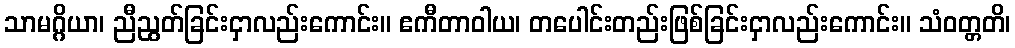
သာမဂ္ဂိယာ၊ ညီညွတ်ခြင်းငှာလည်းကောင်း။ ဧကီတာဝါယ၊ တပေါင်းတည်းဖြစ်ခြင်းငှာလည်းကောင်း။ သံဝတ္တတိ၊